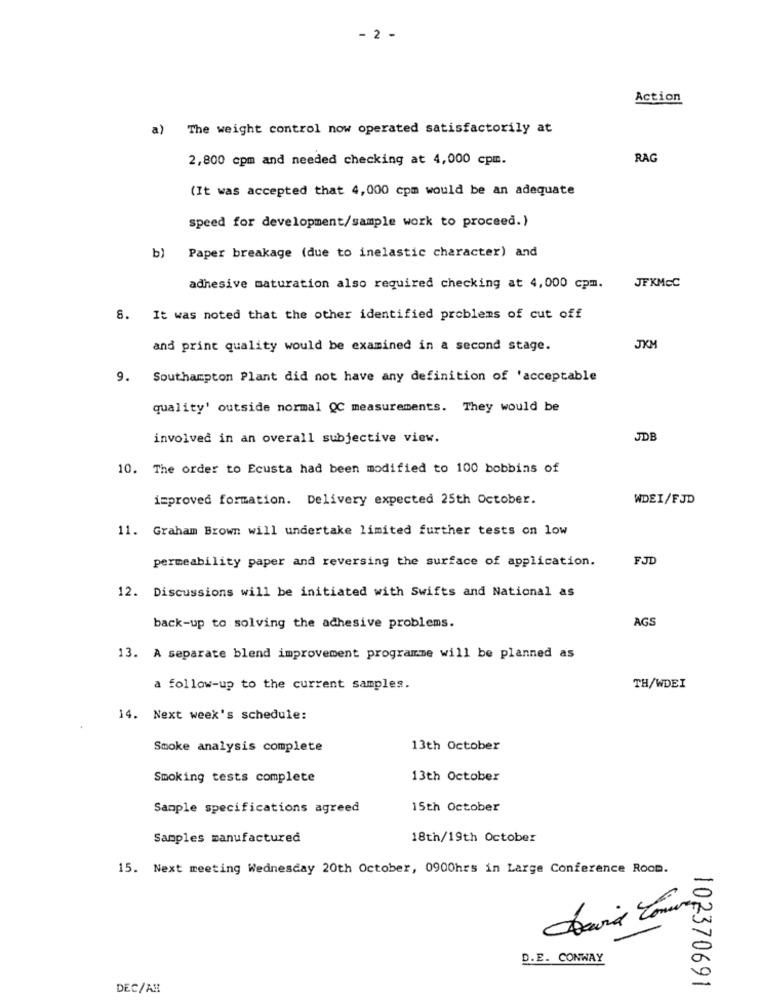
- 2 -
Action
a) The weight control now operated satisfactorily at
2,800 cpm and needed checking at 4,000 cpm.
RAG
(It was accepted that 4,000 cpm would be an adequate
speed for development/sample work to proceed.)
b) Paper breakage (due to inelastic character) and
adhesive maturation also required checking at 4,000 cpm.
JFKMEC
8. It was noted that the other identified problems of cut off
and print quality would be examined in a second stage.
JKM
9. Southampton Plant did not have any definition of 'acceptable
quality' outside normal QC measurements. They would be
involved in an overall subjective view.
JDB
10. The order to Ecusta had been modified to 100 bobbins of
improved formation. Delivery expected 25th October.
WDEI/FJD
11. Graham Brown will undertake limited further tests on low
permeability paper and reversing the surface of application.
FJD
12. Discussions will be initiated with Swifts and National as
AGS
back-up to solving the adhesive problems.
13. A separate blend improvement programme will be planned as
a follow-up to the current samples.
TH/WDEI
14. Next week's schedule:
Smoke analysis complete
13th October
Smoking tests complete
13th October
Sample specifications agreed
15th October
Samples manufactured
18th/19th October
15. Next meeting Wednesday 20th October, 0900hrs in Large Conference Room.
D.E. CONWAY
102370691
DEC/AR